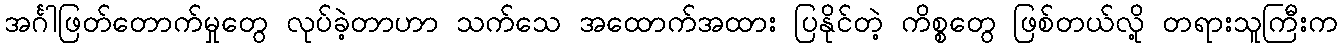
အင်္ဂါဖြတ်တောက်မှုတွေ လုပ်ခဲ့တာဟာ သက်သေ အထောက်အထား ပြနိုင်တဲ့ ကိစ္စတွေ ဖြစ်တယ်လို့ တရားသူကြီးက